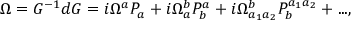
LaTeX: \Omega = G ^ { - 1 } d G = i \Omega ^ { a } P _ { a } + i \Omega _ { a } ^ { b } P _ { b } ^ { a } + i \Omega _ { a _ { 1 } a _ { 2 } } ^ { b } P _ { b } ^ { a _ { 1 } a _ { 2 } } + . . . ,